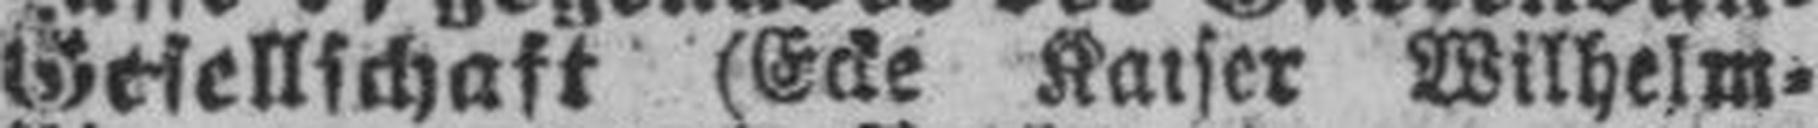
Gesellschaft (Ecke Kaiser Wilhelm=